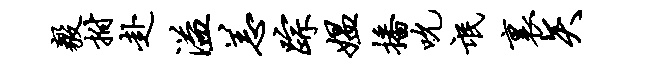
毅拊赴溢恙踪媪播吮氓里矢